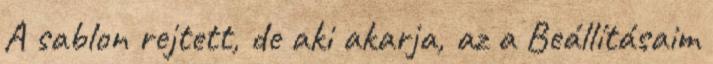
A sablon rejtett, de aki akarja, az a Beállításaim